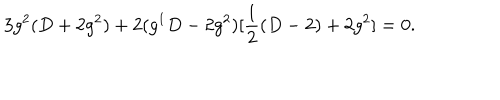
3 g ^ { 2 } ( D + 2 g ^ { 2 } ) + 2 ( g ^ { 1 } D - 2 g ^ { 2 } ) [ \frac { 1 } { 2 } ( D - 2 ) + 2 g ^ { 2 } ] = 0 .